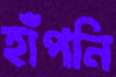
হাঁপনি